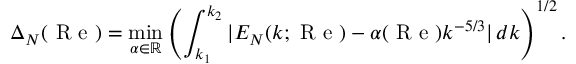
\Delta _ { N } ( \mathrm { ~ R ~ e ~ } ) = \operatorname* { m i n } _ { \alpha \in \mathbb { R } } \left( \int _ { k _ { 1 } } ^ { k _ { 2 } } | E _ { N } ( k ; \mathrm { ~ R ~ e ~ } ) - \alpha ( \mathrm { ~ R ~ e ~ } ) k ^ { - 5 / 3 } | \, d k \right) ^ { 1 / 2 } .